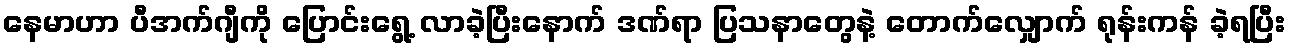
နေမာဟာ ပီအက်ဂျီကို ပြောင်းရွေ့ လာခဲ့ပြီးနောက် ဒဏ်ရာ ပြသနာတွေနဲ့ တောက်လျှောက် ရုန်းကန် ခဲ့ရပြီး